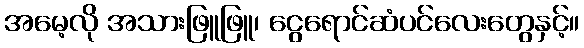
အမေ့လို အသားဖြူဖြူ၊ ငွေရောင်ဆံပင်လေးတွေနှင့်။